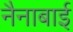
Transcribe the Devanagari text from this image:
नैनाबाई